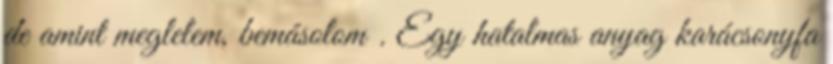
de amint meglelem, bemásolom . Egy hatalmas anyag karácsonyfa